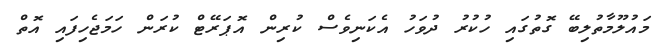
މައުލޫމާތުލިބޭ ގޮތުގައި ހުކުރު ދުވަހު އެކަނިވެސް ކުރިން އޮޕަރޭޓް ކުރަން ހަމަޖެހިފައި އޮތް